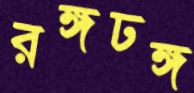
রঙ্গঢঙ্গ